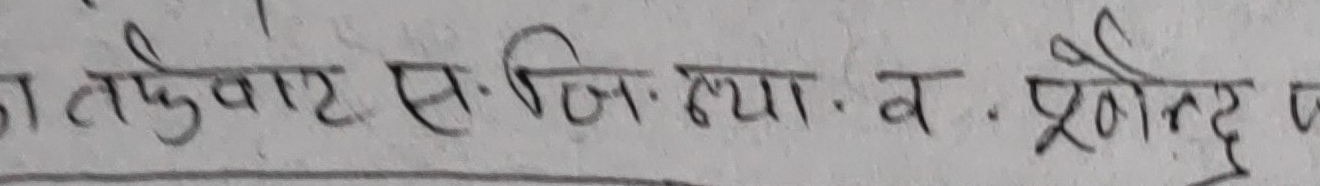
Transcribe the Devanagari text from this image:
ताकुवाट ए. सि. जि. त्या. व . प्रोतन्द